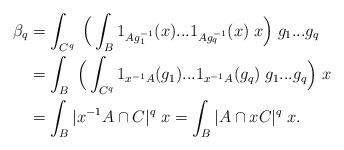
\begin{align*}\beta_q & =\int_{C^q}\;\Big(\int_B 1_{Ag_1^{-1}}(x)...1_{Ag_q^{-1}}(x)\;x\Big)\;g_1...g_q \\ &=\int_B\;\Big(\int_{C^q}1_{x^{-1}A}(g_1)...1_{x^{-1}A}(g_q)\;g_1...g_q\Big)\;x \\ &=\int_{B}|x^{-1}A\cap C|^q\;x=\int_{B}|A\cap xC|^q\;x.\end{align*}